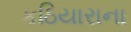
કઠિયારાના